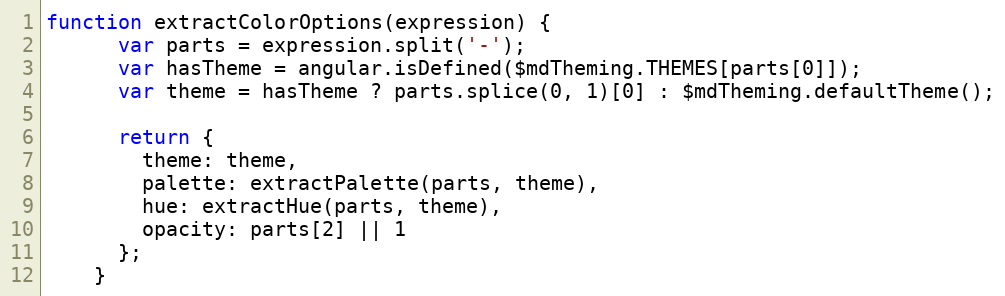
Language: JavaScript
function extractColorOptions(expression) {
      var parts = expression.split('-');
      var hasTheme = angular.isDefined($mdTheming.THEMES[parts[0]]);
      var theme = hasTheme ? parts.splice(0, 1)[0] : $mdTheming.defaultTheme();

      return {
        theme: theme,
        palette: extractPalette(parts, theme),
        hue: extractHue(parts, theme),
        opacity: parts[2] || 1
      };
    }